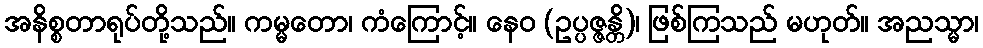
အနိစ္စတာရုပ်တို့သည်။ ကမ္မတော၊ ကံကြောင့်။ နေဝ (ဥပ္ပဇ္ဇန္တိ)၊ ဖြစ်ကြသည် မဟုတ်။ အညသ္မာ၊